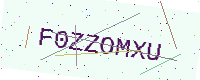
Text: F0ZZOMXU